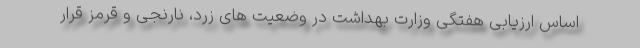
اساس ارزیابی هفتگی وزارت بهداشت در وضعیت های زرد، نارنجی و قرمز قرار